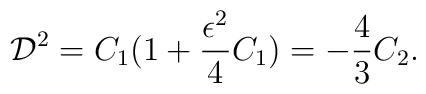
{\cal D}^{2} = C_1 (1 + \frac{\epsilon^{2}}{4}  C_1) = - \frac{4}{3} C_2 .